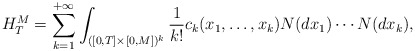
\begin{align*}H_T^M = \sum_{k=1}^{+\infty} \int_{([0,T]\times[0,M])^k} \frac{1}{k!} c_k(x_1,\ldots,x_k) N(dx_1) \cdots N(dx_k),\end{align*}